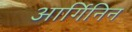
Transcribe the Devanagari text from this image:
आर्गिनिन